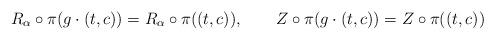
LaTeX: \begin{align*} R_\alpha\circ\pi(g\cdot (t,c)) &= R_\alpha\circ\pi((t,c)),\, & Z\circ\pi(g\cdot (t,c)) &= Z\circ\pi((t,c)) \end{align*}